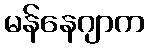
မန်နေဂျာက